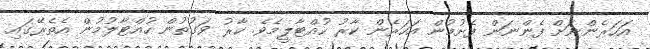
އަހަރެންނަށް ފެންނަން ފެށުމުން އަހަރެން ކާރު ހުއްޓާލީމެވެ. ކާރު ވަގުތުން ހުއްޓާލުމުން އެތެރޭގައި